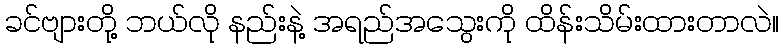
ခင်ဗျားတို့ ဘယ်လို နည်းနဲ့ အရည်အသွေးကို ထိန်းသိမ်းထားတာလဲ။